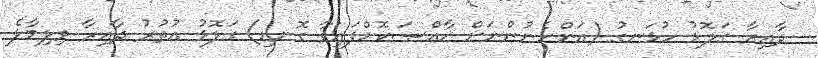
ދާއިރާ ގަލޮޅު ހުޅަނގު (އަންހެނުންނަށް ޚާއްޞަކޮށްފައިވާ ގޮނޑި) ގަލޮޅު އުތުރު ދާއިރާ ވިލިމާލެ